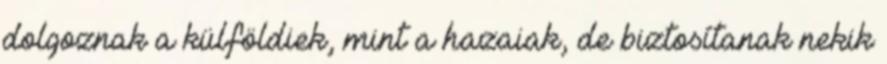
dolgoznak a külföldiek, mint a hazaiak, de biztosítanak nekik